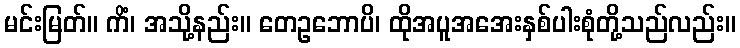
မင်းမြတ်။ ကိံ၊ အသို့နည်း။ တေဥဘောပိ၊ ထိုအပူအအေးနှစ်ပါးစုံတို့သည်လည်း။